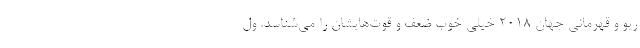
ریو و قهرمانی جهان ۲۰۱۸ خیلی خوب ضعف و قوت‌هایشان را می‌شناسد. ول